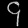
Digit: ၄